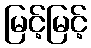
မြင့်မြင့်